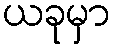
ယခုမှာ